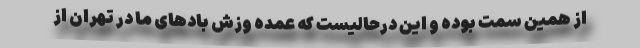
از همین سمت بوده و این درحالیست که عمده وزش بادهای ما در تهران از